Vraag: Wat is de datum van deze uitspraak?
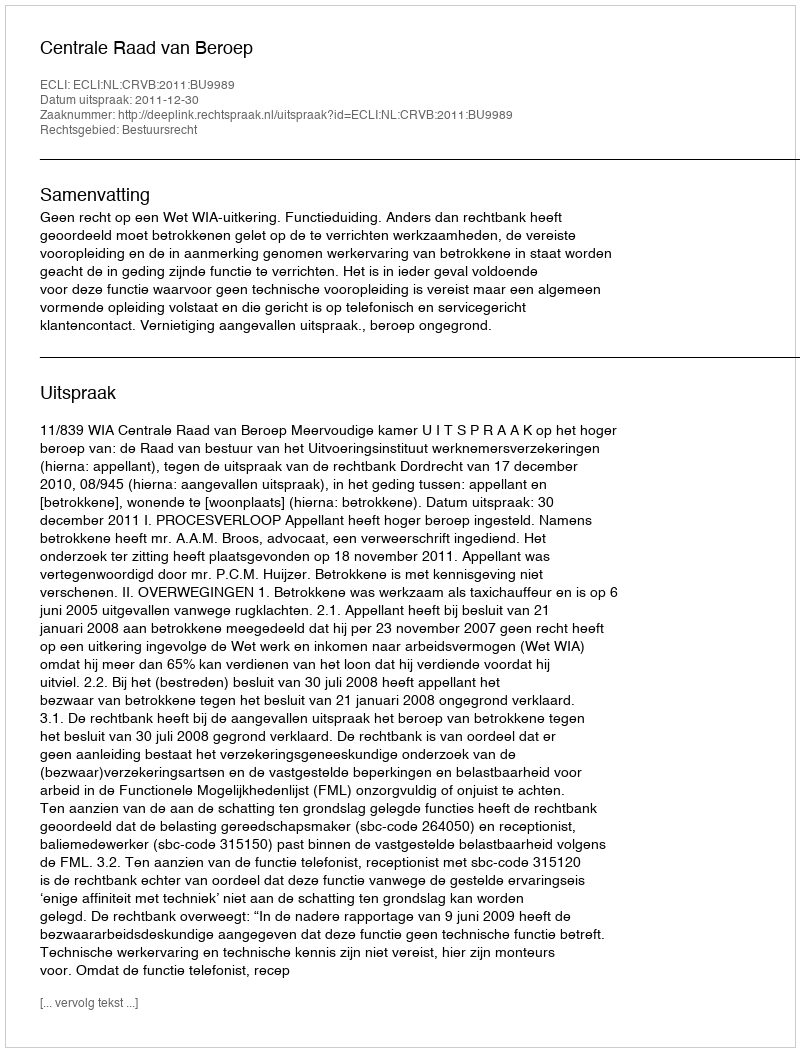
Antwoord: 2011-12-30